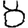
Digit: 8